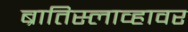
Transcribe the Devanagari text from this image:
ब्रातिस्लाव्हावर